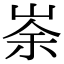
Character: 𡸂